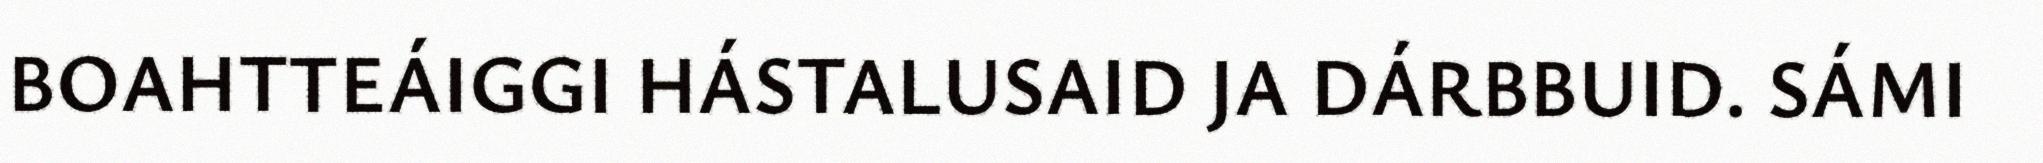
BOAHTTEÁIGGI HÁSTALUSAID JA DÁRBBUID. SÁMI